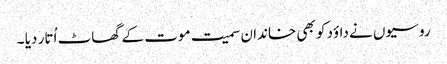
روسیوں نے داؤد کو بھی خاندان سمیت موت کے گھاٹ اُتار دیا ۔